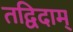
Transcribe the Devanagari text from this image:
तद्विदाम्